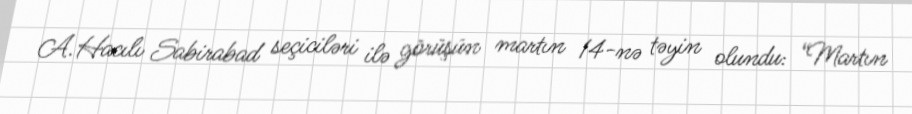
A.Hacılı Sabirabad seçiciləri ilə görüşün martın 14-nə təyin olundu: “Martın